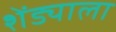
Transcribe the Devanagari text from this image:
शेंड्याला